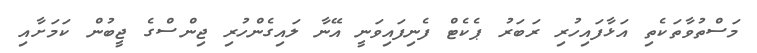
މަސްތުވާތަކެތި އަޅާފައިހުރި ރަބަރު ޕެކެޓް ފެނިފައިވަނީ އޭނާ ލައިގެންހުރި ޖިންސްގެ ޖީބުން ކަމަށާއި